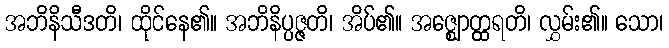
အဘိနိသီဒတိ၊ ထိုင်နေ၏။ အဘိနိပ္ပဇ္ဇတိ၊ အိပ်၏။ အဇ္ဈောတ္ထရတိ၊ လွှမ်း၏။ သော၊